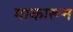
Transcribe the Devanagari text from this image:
माकारून